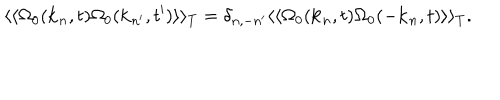
LaTeX: \langle \langle \Omega _ { 0 } ( { \bf k } _ { n } , t ) \Omega _ { 0 } ( { \bf k } _ { n ^ { \prime } } , t ^ { \prime } ) \rangle \rangle _ { T } = \delta _ { n , - n ^ { \prime } } \langle \langle \Omega _ { 0 } ( { \bf k } _ { n } , t ) \Omega _ { 0 } ( - { \bf k } _ { n } , t ) \rangle \rangle _ { T } .